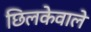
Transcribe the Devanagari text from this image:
छिलकेवाले